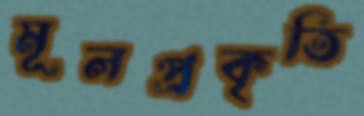
মূলপ্রকৃতি